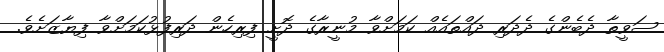
ސަވީތާ ދެބެންގެ ދެދަރި ދައްތައެއް ކަމަށްވާ މުނީރާގެ ދޮށީ ފިރިހެން ދަރިފުޅުކަމަށްވާ ފިޔާޒަށެވެ.